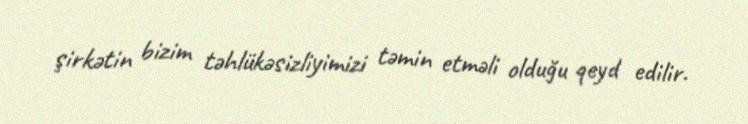
şirkətin bizim təhlükəsizliyimizi təmin etməli olduğu qeyd edilir.